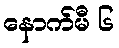
နောက်မီ ၆